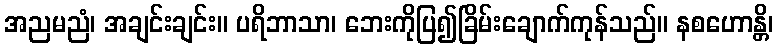
အညမညံ၊ အချင်းချင်း။ ပရိဘာသာ၊ ဘေးကိုပြ၍ခြိမ်းချောက်ကုန်သည်။ နစဟောန္တိ၊